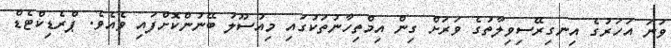
ވަނަ އަހަރުގެ އިނގިރޭސިވިލާތުގެ ވަރަށް ގިން އިމްތިހާނުތަކުގައި މިއުސޫލު ބޭނުންކޮށްފައި ވެއެވެ. ޕްރެޑިކްޓެޑް